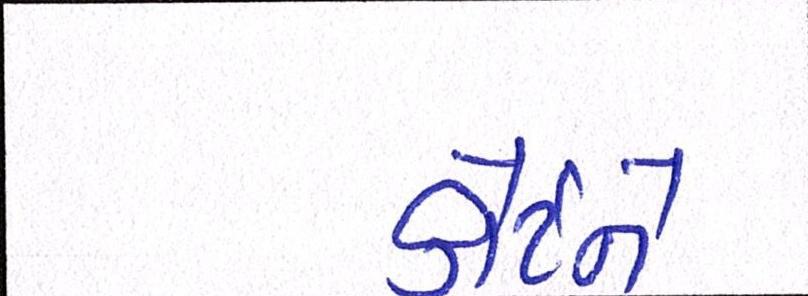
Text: કોર્ટને